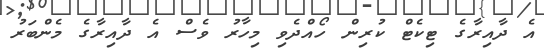
އެ ދާއިރާގެ ޓިކެޓް ކުރިން ހޯއްދެވި މިހާރު ވެސް އެ ދާއިރާގެ މެންބަރު